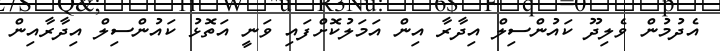
އެދުމުން ވެލިދޫ ކައުންސިލް އިދާރާ އިން އަމަލުކޮށްފައި ވަނީ އަތޮޅު ކައުންސިލް އިދާރާއިން